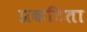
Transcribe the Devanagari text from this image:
प्रकटिता